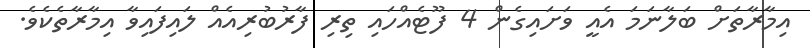
އިމާރާތަށް ބަލާނަމަ އެއީ ވަށައިގެން 4 ފޫޓެއްހައި ތިރި ފާރުބުރިއެއް ލައިފައިވާ އިމާރާތެކެވެ.